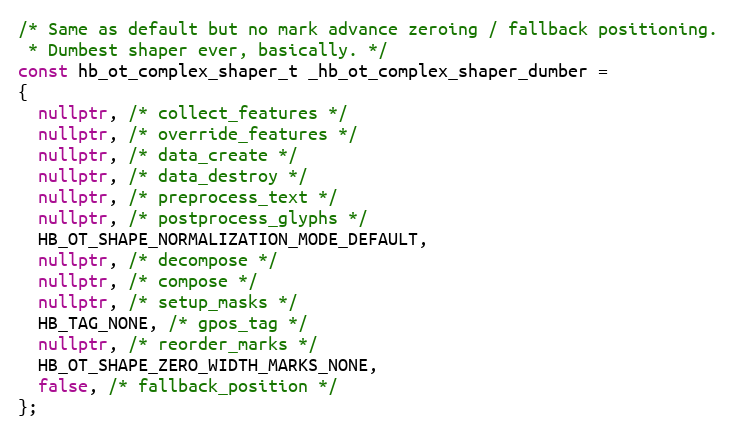
Language: C++
/* Same as default but no mark advance zeroing / fallback positioning.
 * Dumbest shaper ever, basically. */
const hb_ot_complex_shaper_t _hb_ot_complex_shaper_dumber =
{
  nullptr, /* collect_features */
  nullptr, /* override_features */
  nullptr, /* data_create */
  nullptr, /* data_destroy */
  nullptr, /* preprocess_text */
  nullptr, /* postprocess_glyphs */
  HB_OT_SHAPE_NORMALIZATION_MODE_DEFAULT,
  nullptr, /* decompose */
  nullptr, /* compose */
  nullptr, /* setup_masks */
  HB_TAG_NONE, /* gpos_tag */
  nullptr, /* reorder_marks */
  HB_OT_SHAPE_ZERO_WIDTH_MARKS_NONE,
  false, /* fallback_position */
};